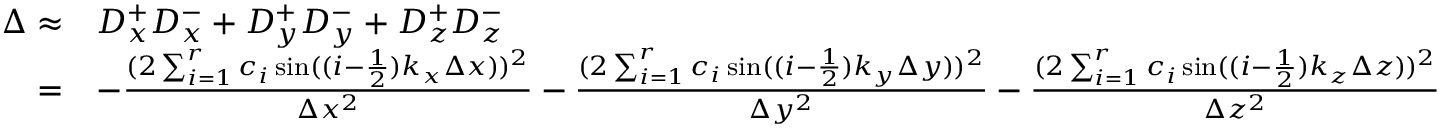
\begin{array} { r l } { \Delta \approx } & { D _ { x } ^ { + } D _ { x } ^ { - } + D _ { y } ^ { + } D _ { y } ^ { - } + D _ { z } ^ { + } D _ { z } ^ { - } } \\ { = } & { - \frac { ( 2 \sum _ { i = 1 } ^ { r } c _ { i } \sin ( ( i - \frac { 1 } { 2 } ) k _ { x } \Delta x ) ) ^ { 2 } } { \Delta x ^ { 2 } } - \frac { ( 2 \sum _ { i = 1 } ^ { r } c _ { i } \sin ( ( i - \frac { 1 } { 2 } ) k _ { y } \Delta y ) ) ^ { 2 } } { \Delta y ^ { 2 } } - \frac { ( 2 \sum _ { i = 1 } ^ { r } c _ { i } \sin ( ( i - \frac { 1 } { 2 } ) k _ { z } \Delta z ) ) ^ { 2 } } { \Delta z ^ { 2 } } } \end{array}